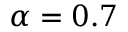
\alpha = 0 . 7